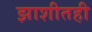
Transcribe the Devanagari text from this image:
झाशीतही